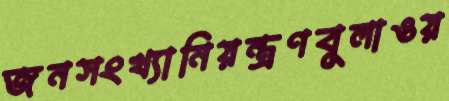
জনসংখ্যানিয়ন্ত্রণবুলাওয়